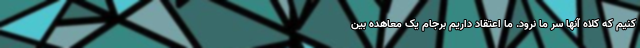
کنیم که کلاه آنها سر ما نرود. ما اعتقاد داریم برجام یک معاهده بین